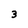
Character: 3